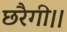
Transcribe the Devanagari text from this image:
छरैगी।।